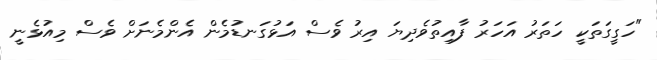
"ހަގީގަތަކީ ހަތަރު އަހަރު ފާއިތުވެދިޔަ އިރު ވެސް އަޅުގަނޑުމެން އެންމެނަށް ވެސް މިއުޅެނީ